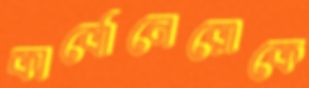
কার্বোনেরোকে